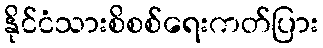
နိုင်ငံသားစိစစ်ရေးကတ်ပြား